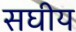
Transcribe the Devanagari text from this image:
सघीय